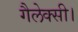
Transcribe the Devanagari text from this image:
गैलेक्सी।